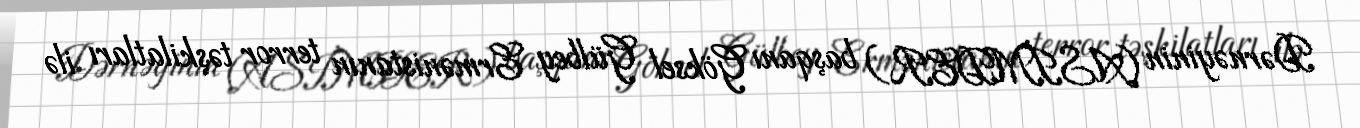
Dərnəyinin (ASİMDER) başqanı Göksel Gülbey Ermənistanın terror təşkilatları ilə